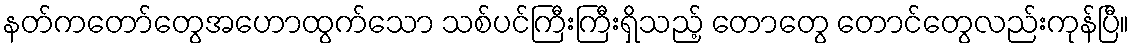
နတ်ကတော်တွေအဟောထွက်သော သစ်ပင်ကြီးကြီးရှိသည့် တောတွေ တောင်တွေလည်းကုန်ပြီ။